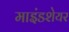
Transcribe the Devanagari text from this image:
माइंडशेयर